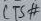
Text: CTS#